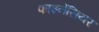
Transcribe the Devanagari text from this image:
फाइनेंसियर